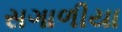
સગાળીયા